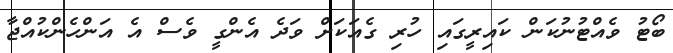
ބޯޓު ވެއްޓުނުކަން ކައިރީގައި ހުރި ގެއަކަށް ވަދެ އެންގީ ވެސް އެ އަންހެންކުއްޖާ